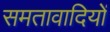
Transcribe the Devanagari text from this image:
समतावादियों